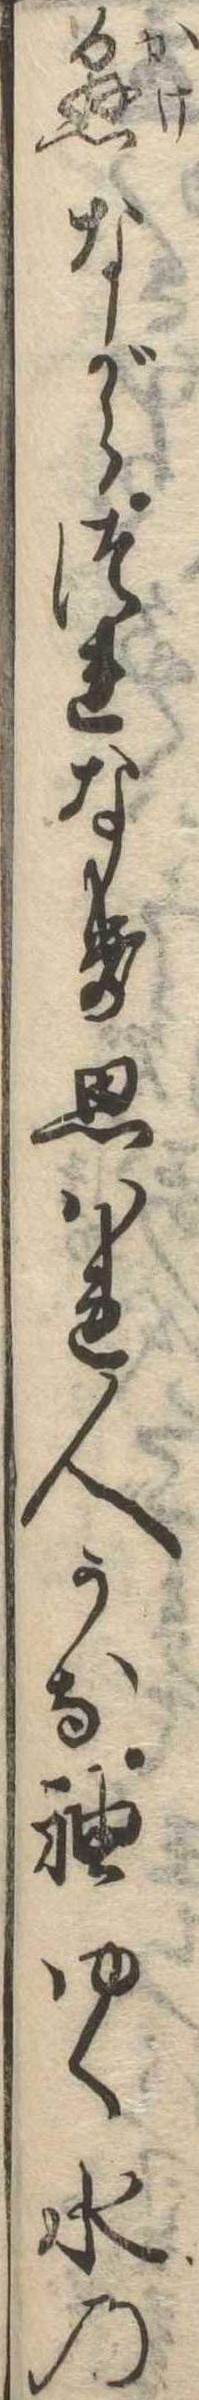
懸ながらつれなき思はれ人かな袖ゆく水の